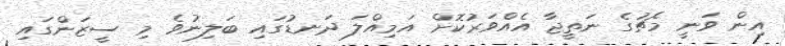
އިން ވަނީ މެޗުގެ ނަތީޖާ އެއްވަރުކޮށް އަމިއްލަ ދަނޑުގައި ބަލިނުވެ މި ސީޒަންގައި